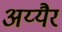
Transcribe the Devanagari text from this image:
अय्यैर